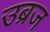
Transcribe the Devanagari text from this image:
उब्रज